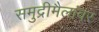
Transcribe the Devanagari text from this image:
समुद्रीमैलांवर